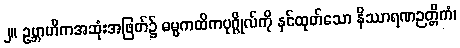
၂။ ဥဗ္ဘာဟိကအဆုံးအဖြတ်၌ ဓမ္မကထိကပုဂ္ဂိုလ်ကို နှင်ထုတ်သော နိဿာရဏဉတ္တိကံ၊